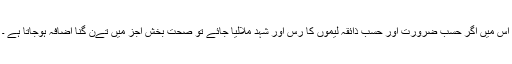
اس میں اگر حسب ضرورت اور حسب ذائقہ لیموں کا رس اور شہد ملالیا جائے تو صحت بخش اجز میں تےن گنا اضافہ ہوجاتا ہے ۔